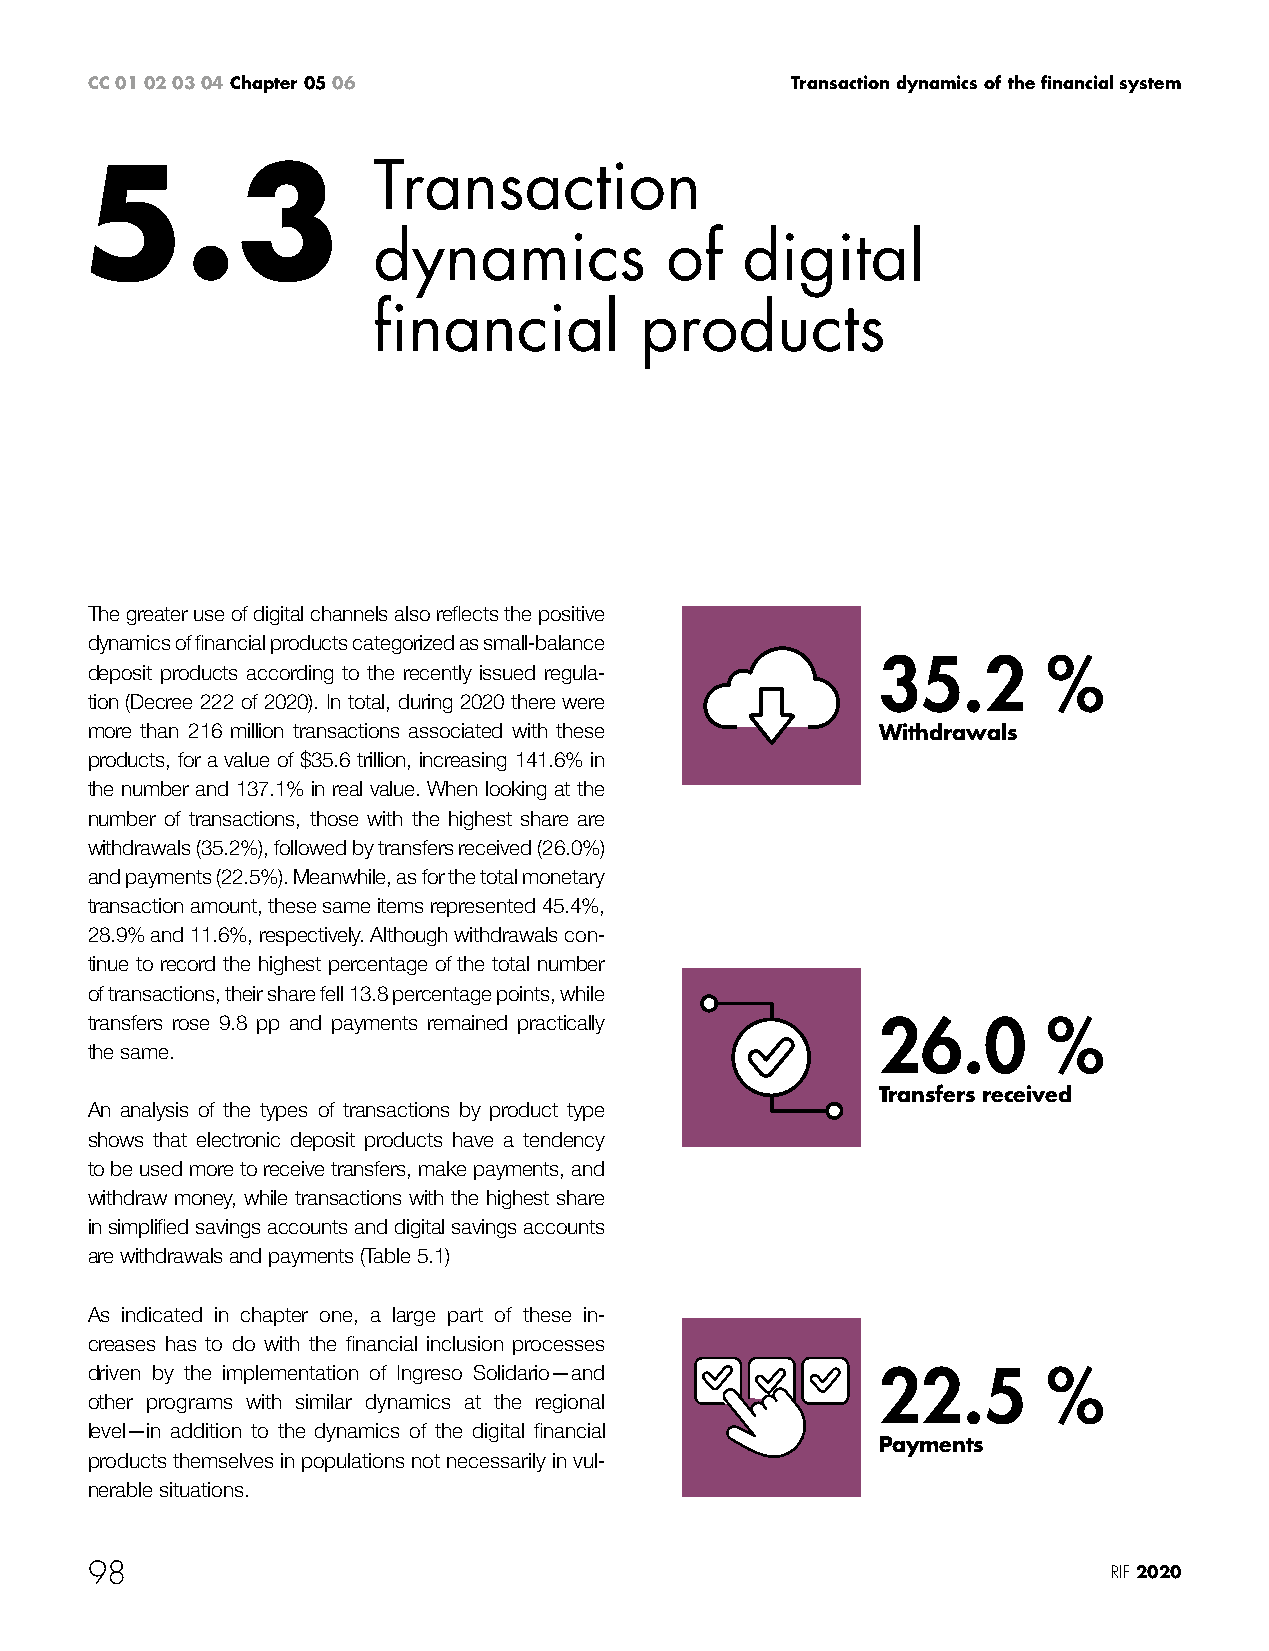
CC 01 02 03 04 Chapter 05 06                  Transaction dynamics of the financial system
 5.3                 Transaction
 dynamics           of   digital
 financial        products
 The greater use of digital channels also reflects the positive
 dynamics of financial products categorized as small-balance
 35.2       %
 deposit products according to the recently issued regula-
 tion (Decree 222 of 2020). In total, during 2020 there were
 more than 216 million transactions associated with these Withdrawals
 products, for a value of $35.6 trillion, increasing 141.6% in
 the number and 137.1% in real value. When looking at the
 number of transactions, those with the highest share are
 withdrawals (35.2%), followed by transfers received (26.0%)
 and payments (22.5%). Meanwhile, as for the total monetary
 transaction amount, these same items represented 45.4%,
 28.9% and 11.6%, respectively. Although withdrawals con-
 tinue to record the highest percentage of the total number
 of transactions, their share fell 13.8 percentage points, while
 transfers rose 9.8 pp and payments remained practically 26.0   %
 the same.
 Transfers received
 An analysis of the types of transactions by product type
 shows that electronic deposit products have a tendency
 to be used more to receive transfers, make payments, and
 withdraw money, while transactions with the highest share
 in simplified savings accounts and digital savings accounts
 are withdrawals and payments (Table 5.1)
 As indicated in chapter one, a large part of these in-
 creases has to do with the financial inclusion processes
 driven by the implementation of Ingreso Solidario—and 22.5     %
 other programs with similar dynamics at the regional
 level—in addition to the dynamics of the digital financial
 Payments
 products themselves in populations not necessarily in vul-
 nerable situations.
 98                                                                  RIF 2020